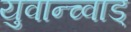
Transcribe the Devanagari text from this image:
युवान्च्वाड्